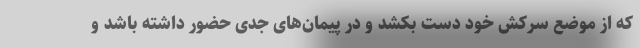
که از موضع سرکش خود دست بکشد و در پیمان‌های جدی حضور داشته باشد و